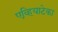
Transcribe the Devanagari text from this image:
एव्हियाटेका